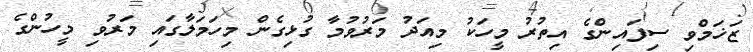
ޒަޚަމްވި ސިފައިންގެ އިތުރު މީހަކު މިއަދު މަރުވުމާ ގުޅިގެން މިހަމަލާގައި މަރުވި މީހުންގެ